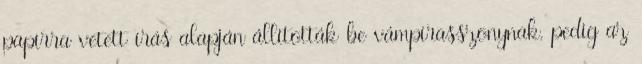
papírra vetett írás alapján állították be vámpírasszonynak, pedig az